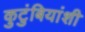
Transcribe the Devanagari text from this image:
कुटुंबियांशी